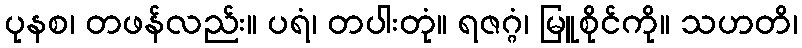
ပုနစ၊ တဖန်လည်း။ ပရံ၊ တပါးတုံ။ ရဇဂ္ဂံ၊ မြူစိုင်ကို။ သဟတိ၊